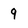
Character: 9